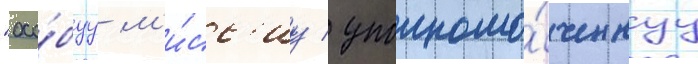
"осо́буу м'и́сс'иу / уполномо́ченнуу